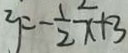
y = - \frac { 1 } { 2 } - x + 3